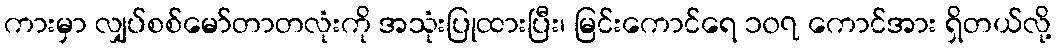
ကားမှာ လျှပ်စစ်မော်တာတလုံးကို အသုံးပြုထားပြီး၊ မြင်းကောင်ရေ ၁၀၇ ကောင်အား ရှိတယ်လို့